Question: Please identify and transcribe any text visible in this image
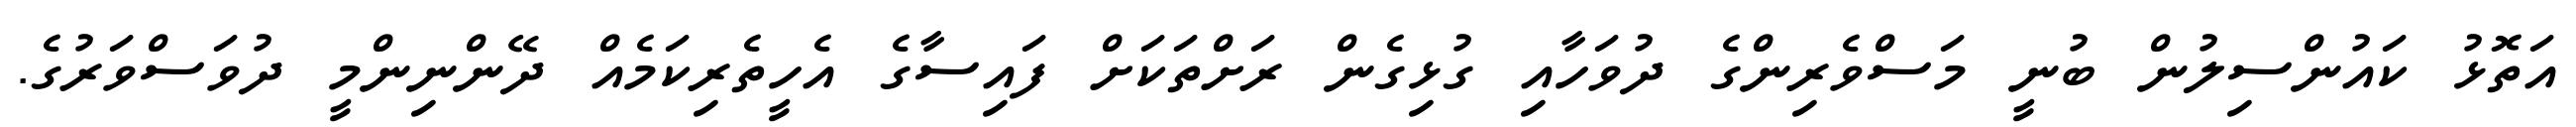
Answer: އަތޮޅު ކައުންސިލުން ބުނީ މަސްވެރިންގެ ދުވަހާއި ގުޅިގެން ރަށްތަކަށް ފައިސާގެ އެހީތެރިކަމެއް ދޭންނިންމީ ދުވަސްވަރުގެ.